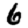
Digit: 6